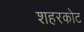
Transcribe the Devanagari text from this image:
शहरकोट